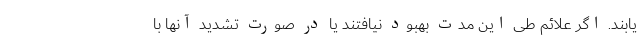
یابند. اگر علائم طی این مدت بهبود نیافتند یا در صورت تشدید آنها با